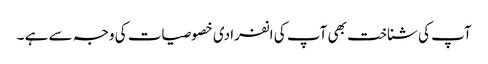
آپ کی شناخت بھی آپ کی انفرادی خصوصیات کی وجہ سے ہے ۔